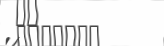
٧٣